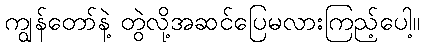
ကျွန်တော်နဲ့ တွဲလို့အဆင်ပြေမလားကြည့်ပေါ့။